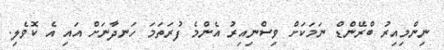
ނިންމިއިރު ބްރޭންޑް ނަމަކަށް ވިސްނިއިރު އެންމެ ފުރަތަމަ ހަނދާނަށް އައި އެ ކޮވެލި.